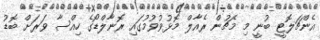
އެންޗަލޮޓީ ބުނީ މި މެޗުން ރެއާލް މޮޅުވުވުމުގައި ރޮނާލްޑޯގެ ހިއްސާ ވަރަށް ބޮޑު